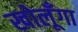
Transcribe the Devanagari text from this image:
खोलूँगा